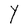
Character: Y